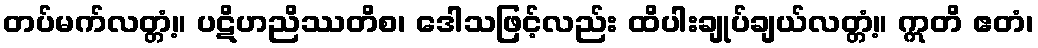
တပ်မက်လတ္တံ့။ ပဋိဟညိဿတိစ၊ ဒေါသဖြင့်လည်း ထိပါးချုပ်ချယ်လတ္တံ့။ ဣတိ ဧတံ၊